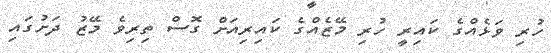
ހުރި ވަޅެއްގެ ކައިރީ ހުރި މޭޒެއްގެ ކައިރިއަށް ގޮސް ތިރިވެ މޭޒު ދަށުގައި